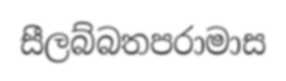
සීලබ්බතපරාමාස